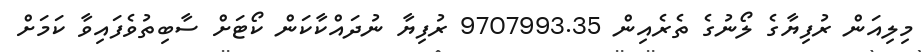
މިލިއަން ރުފިޔާގެ ލޯނުގެ ތެރެއިން 9707993.35 ރުފިޔާ ނުދައްކާކަން ކޯޓަށް ސާބިތުވެފައިވާ ކަމަށް